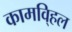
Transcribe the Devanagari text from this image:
कामवि्हल